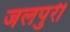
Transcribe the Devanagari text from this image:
जलपुरी